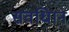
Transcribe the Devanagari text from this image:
संवधिान